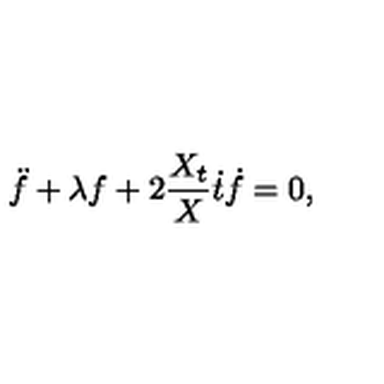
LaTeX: \ddot { f } + \lambda f + 2 \frac { X _ { t } } { X } \dot { t } \dot { f } = 0 ,